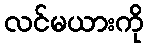
လင်မယားကို